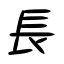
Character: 長